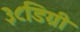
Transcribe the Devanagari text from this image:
३८डिग्री